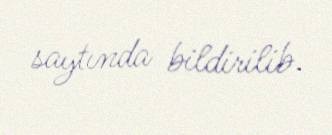
saytında bildirilib.